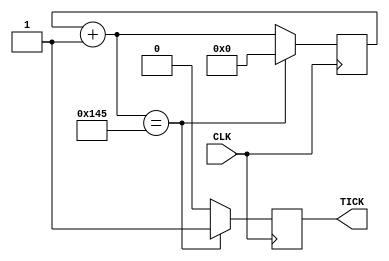
`timescale 1ns / 1ps
//////////////////////////////////////////////////////////////////////////////////
//	Alumnos:
//					 Ortmann, Nestor Javier
// 				 Trejo, Bruno Guillermo
// Year: 		 2018
// Module Name: BR_GEN
//////////////////////////////////////////////////////////////////////////////////

module BR_GEN(
	input CLK,  		//clock de la FPGA
	
	output reg TICK = 0 //clock del RX
);
	 
parameter BAUD_RATE = 9600;
parameter CLK_RATE = 50000000; //valor del clock de la placa
localparam NUM_TICKS = 16;		 //division del baudio

parameter TICK_RATE = CLK_RATE / (BAUD_RATE * NUM_TICKS);	//frecuencia del clk del RX

/* calcula el largo (en bits) necesario del
   registro que almacenara el contador usado
   para generar el tick rate (163 en el ej. de la filmina)
   para contar hasta el TICK_RATE		
*/
parameter LEN_REG_ACUM = 9; 	//clog2(TICK_RATE);

// registro para ir sumando el tick rate
reg [LEN_REG_ACUM - 1 : 0] acumulator = 0;												


always @(posedge CLK) 
begin			
	acumulator = acumulator + 1;
	if (acumulator == (TICK_RATE)) 
		begin
			TICK = 1;
			acumulator = 0;
		end
	else
		TICK = 0;
end

endmodule